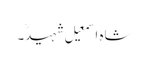
شاہ اسمعیل شہیدؒ۔